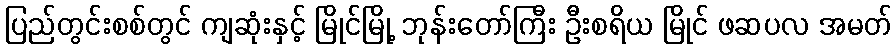
ပြည်တွင်းစစ်တွင် ကျဆုံးနှင့် မြိုင်မြို့ ဘုန်းတော်ကြီး ဦးစရိယ မြိုင် ဖဆပလ အမတ်